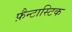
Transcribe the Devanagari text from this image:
फ़ैन्टास्टिक